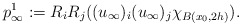
\begin{align*}p_{\infty}^1:= R_{i}R_{j}((u_{\infty})_i(u_{\infty})_j\chi_{B(x_0,2h)}).\end{align*}